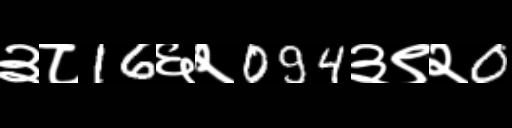
Text: ३८16६२094३९२0